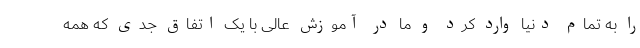
را به تمام دنیا وارد کرد و ما در آموزش عالی با یک اتفاق جدی که همه